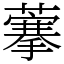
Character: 藆